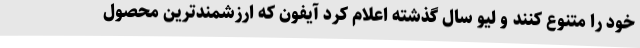
خود را متنوع کنند و لیو سال گذشته اعلام کرد آیفون که ارزشمندترین محصول